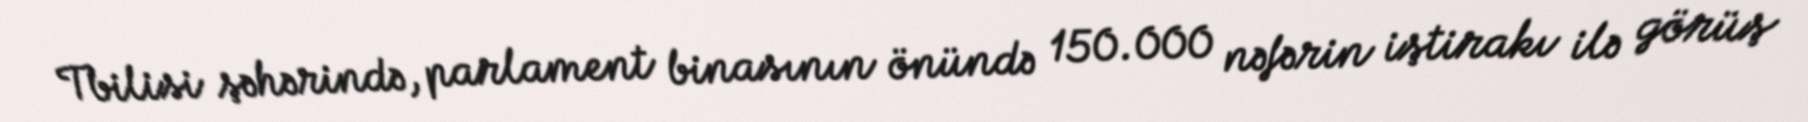
Tbilisi şəhərində, parlament binasının önündə 150.000 nəfərin iştirakı ilə görüş